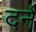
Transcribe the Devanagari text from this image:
दर्न